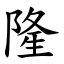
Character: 隆